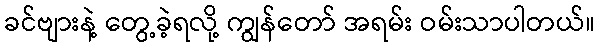
ခင်ဗျားနဲ့ တွေ့ခဲ့ရလို့ ကျွန်တော် အရမ်း ဝမ်းသာပါတယ်။